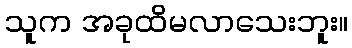
သူက အခုထိမလာသေးဘူး။